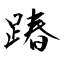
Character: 踳